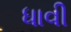
ધાવી